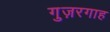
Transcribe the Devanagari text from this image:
गुज़रगाह